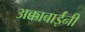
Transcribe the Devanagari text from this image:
अक्काबाईंनी